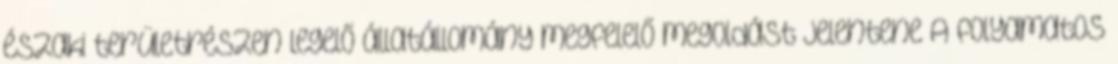
északi területrészen legelő állatállomány megfelelő megoldást jelentene A folyamatos